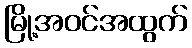
မြို့အဝင်အထွက်